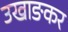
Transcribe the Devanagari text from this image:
उखाङकर